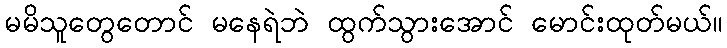
မမိသူတွေတောင် မနေရဲဘဲ ထွက်သွားအောင် မောင်းထုတ်မယ်။